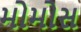
મોમોસ